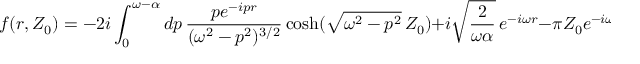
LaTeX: f ( r , Z _ { 0 } ) = - 2 i \int _ { 0 } ^ { \omega - \alpha } d p \, \frac { p e ^ { - i p r } } { ( \omega ^ { 2 } - p ^ { 2 } ) ^ { 3 / 2 } } \cosh ( \sqrt { \omega ^ { 2 } - p ^ { 2 } } \, Z _ { 0 } ) + i \sqrt { \frac { 2 } { \omega \alpha } } \, e ^ { - i \omega r } - \pi Z _ { 0 } e ^ { - i \omega r } .